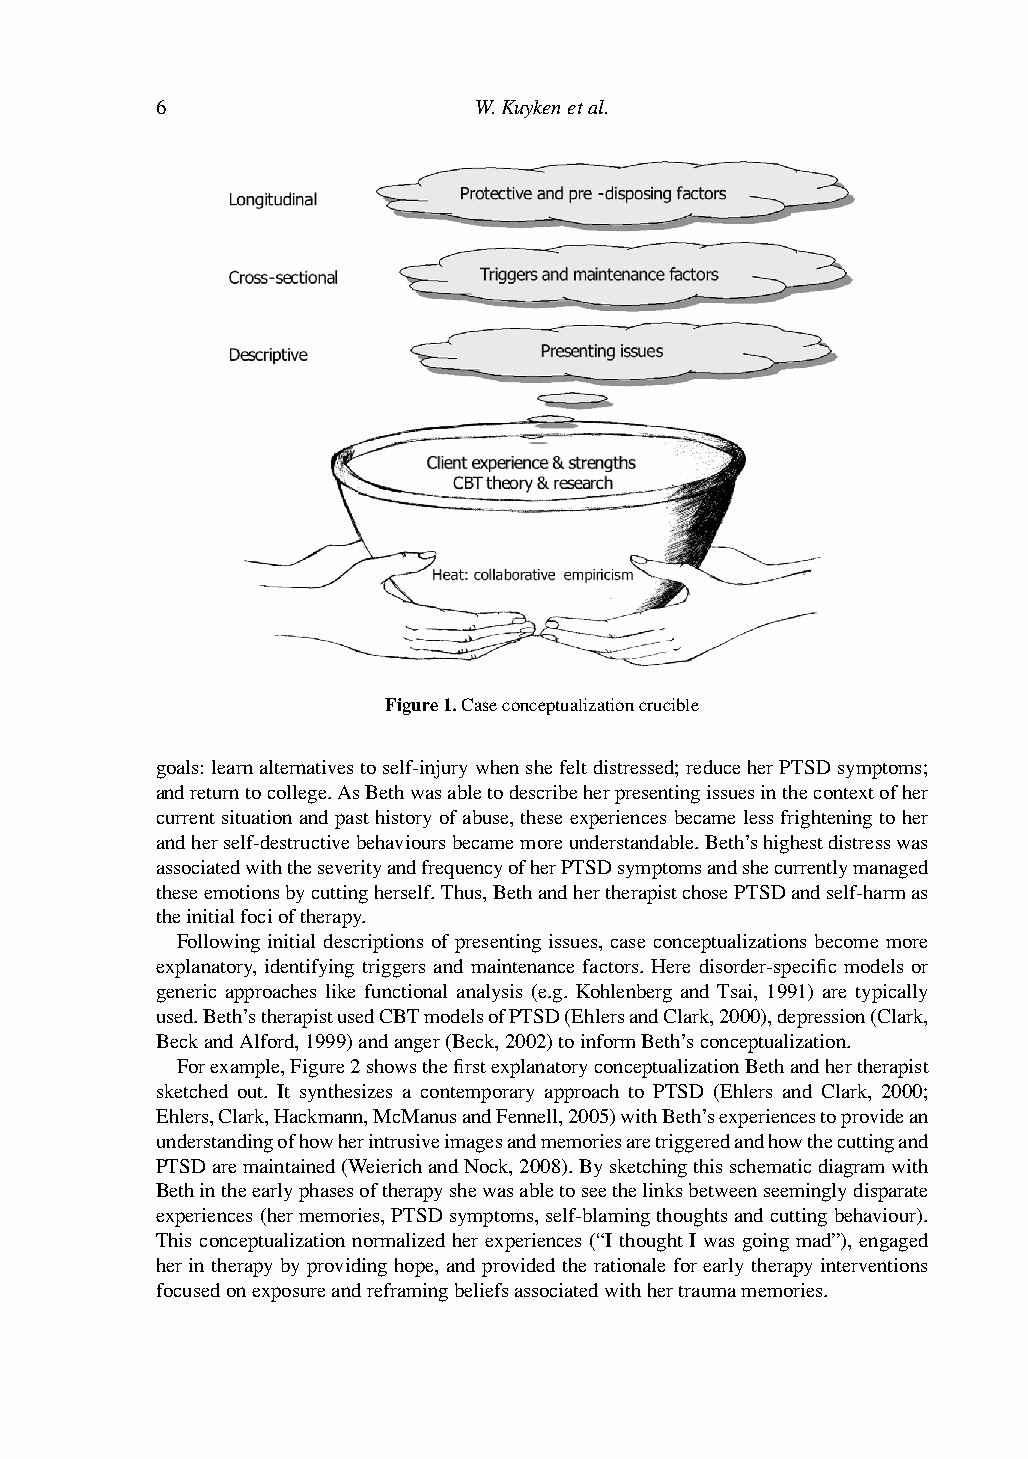
6                    W.Kuykenetal.
 Figure1.Caseconceptualizationcrucible
 goals:learnalternativestoself-injurywhenshefeltdistressed;reduceherPTSDsymptoms;
 andreturntocollege.AsBethwasabletodescribeherpresentingissuesinthecontextofher
 current situation and past history of abuse, these experiences became less frightening to her
 andherself-destructivebehavioursbecamemoreunderstandable.Beth’shighestdistresswas
 associatedwiththeseverityandfrequencyofherPTSDsymptomsandshecurrentlymanaged
 theseemotionsbycuttingherself.Thus,BethandhertherapistchosePTSDandself-harmas
 theinitialfocioftherapy.
 Following initial descriptions of presenting issues, case conceptualizations become more
 explanatory, identifying triggers and maintenance factors. Here disorder-specific models or
 generic approaches like functional analysis (e.g. Kohlenberg and Tsai, 1991) are typically
 used.Beth’stherapistusedCBTmodelsofPTSD(EhlersandClark,2000),depression(Clark,
 BeckandAlford,1999)andanger(Beck,2002)toinformBeth’sconceptualization.
 Forexample,Figure2showsthefirstexplanatoryconceptualizationBethandhertherapist
 sketched out. It synthesizes a contemporary approach to PTSD (Ehlers and Clark, 2000;
 Ehlers,Clark,Hackmann,McManusandFennell,2005)withBeth’sexperiencestoprovidean
 understandingofhowherintrusiveimagesandmemoriesaretriggeredandhowthecuttingand
 PTSDaremaintained(WeierichandNock,2008).Bysketchingthisschematicdiagramwith
 Bethintheearlyphasesoftherapyshewasabletoseethelinksbetweenseeminglydisparate
 experiences(hermemories,PTSDsymptoms,self-blamingthoughtsandcuttingbehaviour).
 This conceptualization normalized her experiences (“I thought I was going mad”), engaged
 her in therapy by providing hope, and provided the rationale for early therapy interventions
 focusedonexposureandreframingbeliefsassociatedwithhertraumamemories.